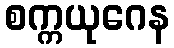
စက္ကယုဂေန